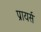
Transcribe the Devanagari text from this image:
प्रायर्स